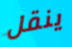
ينقل